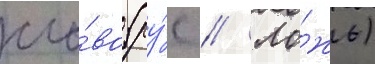
сло́во (ру́с // Ло́жь)